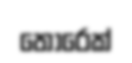
තෝරෙක්